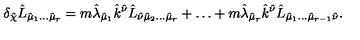
\delta _ { \hat { \chi } } \hat { L } _ { \hat { \mu } _ { 1 } \ldots \hat { \mu } _ { r } } = m \hat { \lambda } _ { \hat { \mu } _ { 1 } } \hat { k } ^ { \hat { \nu } } \hat { L } _ { \hat { \nu } \hat { \mu } _ { 2 } \ldots \hat { \mu } _ { r } } + \ldots + m \hat { \lambda } _ { \hat { \mu } _ { r } } \hat { k } ^ { \hat { \nu } } \hat { L } _ { \hat { \mu } _ { 1 } \ldots \hat { \mu } _ { r - 1 } \hat { \nu } } .